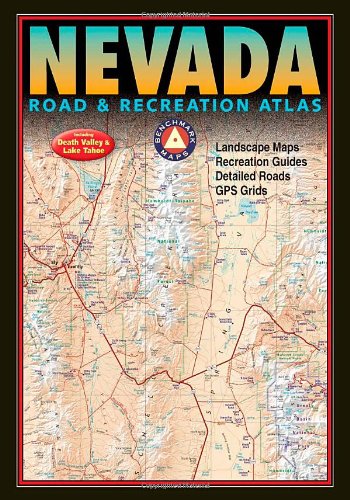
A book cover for Benchmark Nevada Road & Recreation Atlas - 2nd Edition; Benchmark Maps; Travel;